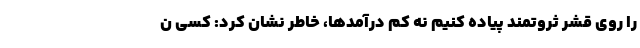
را روی قشر ثروتمند پیاده کنیم نه کم درآمدها، خاطر نشان کرد: کسی ن